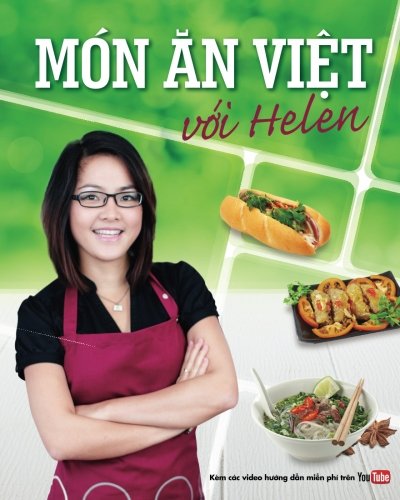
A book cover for Mon an Viet voi Helen (Vietnamese Edition); Helen Ha Huyen Le; Cookbooks, Food & Wine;